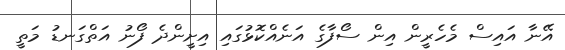
އޭނާ އައިސް މެހެރީން އިން ސޯފާގެ އަނެއްކޮޅުގައި އިށީންދެ ފޯނު އަތްގަނޑު މަތީ